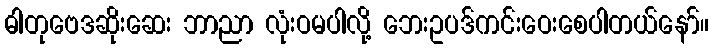
ဓါတုဗေဒဆိုးဆေး ဘာညာ လုံးဝမပါလို့ ဘေးဥပဒ်ကင်းဝေးစေပါတယ်နော်။